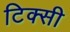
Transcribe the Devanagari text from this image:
टिक्सी